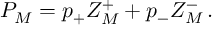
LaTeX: P _ { M } = p _ { + } Z _ { M } ^ { + } + p _ { - } Z _ { M } ^ { - } \, .